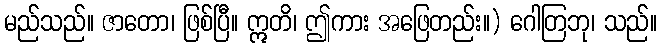
မည်သည်။ ဇာတော၊ ဖြစ်ပြီ။ ဣတိ၊ ဤကား အဖြေတည်း။) ဂေါတြဘု၊ သည်။